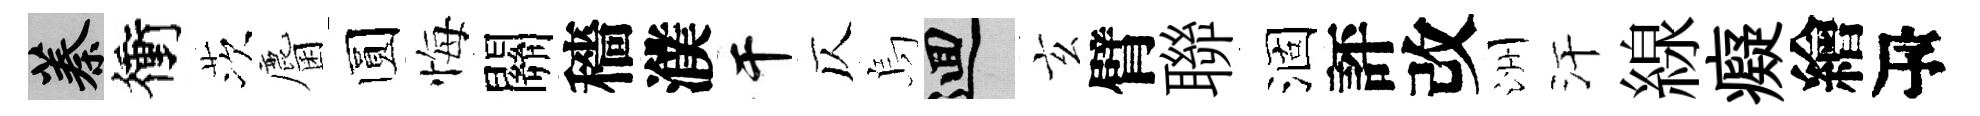
蓁衝茨麕圆悔關穡濮干仄烏回玄臂聯涸評改洲汗線癡繪瓴